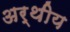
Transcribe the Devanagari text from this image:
अर्थीय